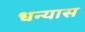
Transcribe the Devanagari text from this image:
धन्यास